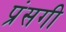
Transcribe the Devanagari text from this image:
प्रंसगी